Indian journal of veterinary science and animal husbandry - Volumes 22-23, 1952-1953
Year: 1952
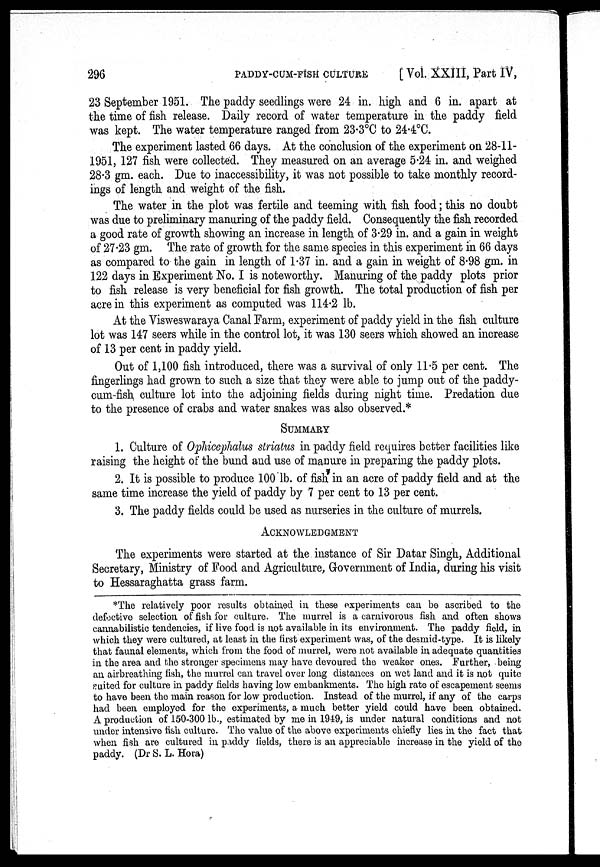
296
PADDY-CUM-FISH CULTURE [Vol. XXIII, Part IV,
23 September 1951. The paddy seedlings were 24 in. high and 6 in. apart at
the time of fish release. Daily record of water temperature in the paddy field
was kept. The water temperature ranged from 23.3ºC to 24.4ºC.
The experiment lasted 66 days. At the conclusion of the experiment on 28-11-
1951, 127 fish were collected. They measured on an average 5.24 in. and weighed
28.3 gm. each. Due to inaccessibility, it was not possible to take monthly record-
ings of length and weight of the fish.
The water in the plot was fertile and teeming with fish food; this no doubt
was due to preliminary manuring of the paddy field. Consequently the fish recorded
a good rate of growth showing an increase in length of 3.29 in. and a gain in weight
of 27.23 gm. The rate of growth for the same species in this experiment in 66 days
as compared to the gain in length of 1.37 in. and a gain in weight of 8.98 gm. in
122 days in Experiment No. I is noteworthy. Manuring of the paddy plots prior
to fish release is very beneficial for fish growth. The total production of fish per
acre in this experiment as computed was 114.2 lb.
At the Visweswaraya Canal Farm, experiment of paddy yield in the fish culture
lot was 147 seers while in the control lot, it was 130 seers which showed an increase
of 13 per cent in paddy yield.
Out of 1,100 fish introduced, there was a survival of only 11.5 per cent. The
fingerlings had grown to such a size that they were able to jump out of the paddy-
cum-fish culture lot into the adjoining fields during night time. Predation due
to the presence of crabs and water snakes was also observed.*
SUMMARY
1. Culture of Ophicephalus striatus in paddy field requires better facilities like
raising the height of the bund and use of manure in preparing the paddy plots.
2. It is possible to produce 100 lb. of fish in an acre of paddy field and at the
same time increase the yield of paddy by 7 per cent to 13 per cent.
3. The paddy fields could be used as nurseries in the culture of murrels.
ACKNOWLEDGMENT
The experiments were started at the instance of Sir Datar Singh, Additional
Secretary, Ministry of Food and Agriculture, Government of India, during his visit
to Hessaraghatta grass farm.
*The relatively poor results obtained in these experiments can be ascribed to the
defective selection of fish for culture. The murrel is a carnivorous fish and often shows
cannabilistic tendencies, if live food is not available in its environment. The paddy field, in
which they were cultured, at least in the first experiment was, of the desmid-type. It is likely
that faunal elements, which from the food of murrel, were not available in adequate quantities
in the area and the stronger specimens may have devoured the weaker ones. Further, being
an airbreathing fish, the murrel can travel over long distances on wet land and it is not quite
suited for culture in paddy fields having low embankments. The high rate of escapement seems
to have been the main reason for low production. Instead of the murrel, if any of the carps
had been employed for the experiments, a much better yield could have been obtained.
A production of 150-300 lb., estimated by me in 1949, is under natural conditions and not
under intensive fish culture. The value of the above experiments chiefly lies in the fact that
when fish are cultured in paddy fields, there is an appreciable increase in the yield of the
paddy. (Dr S. L. Hora)